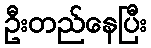
ဦးတည်နေပြီး